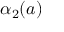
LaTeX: \alpha _ { 2 } ( a )